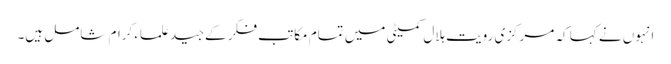
انہوں نے کہا کہ مرکزی رویت ہلال کمیٹی میں تمام مکاتب فکر کے جید علماء کرام شامل ہیں۔